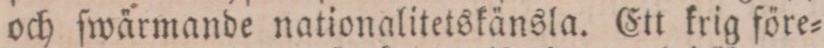
och ſwärmande nationalitetskänsla. Ett krig före=